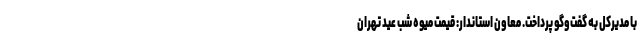
با مدیرکل به گفت‌وگو پرداخت. معاون استاندار: قیمت میوه شب عید تهران